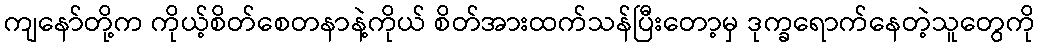
ကျနော်တို့က ကိုယ့်စိတ်စေတနာနဲ့ကိုယ် စိတ်အားထက်သန်ပြီးတော့မှ ဒုက္ခရောက်နေတဲ့သူတွေကို